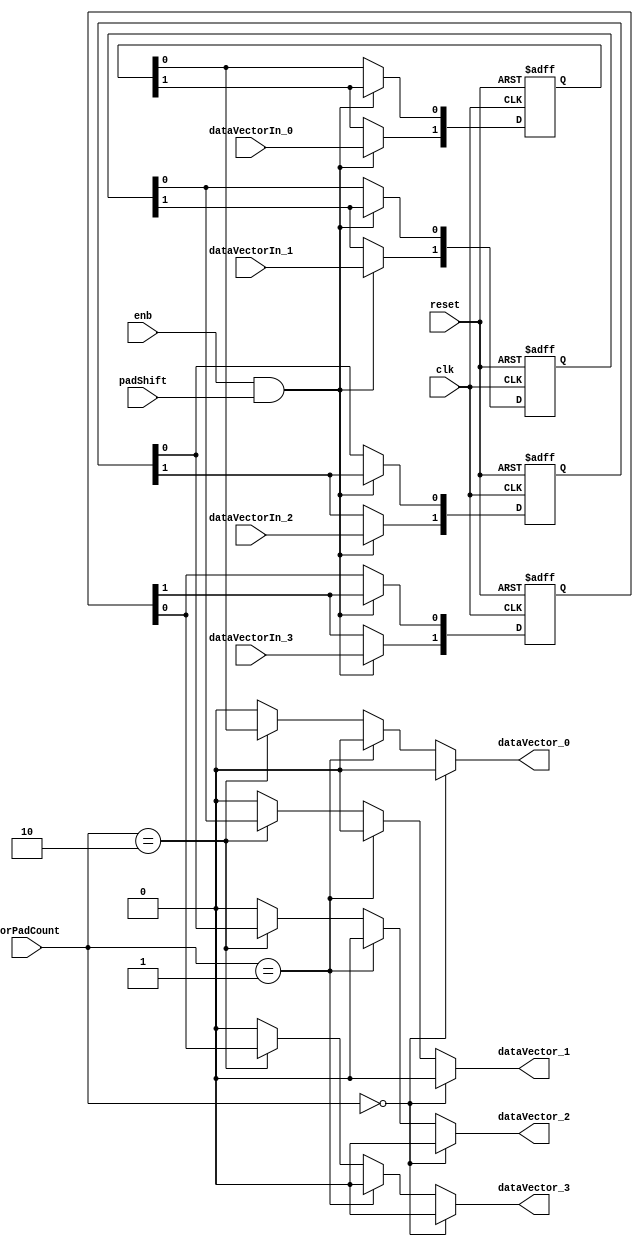
// -------------------------------------------------------------
// 
// 
// Generated by MATLAB 9.13 and HDL Coder 4.0
// 
// -------------------------------------------------------------


// -------------------------------------------------------------
// 
// Module: Horizontal_Padder
// Source Path: BlobAnalysisHDL/BlobDetector/CCA_Algorithm/Closing/LineBuffer/Horizontal Padder
// Hierarchy Level: 4
// 
// -------------------------------------------------------------

`timescale 1 ns / 1 ns

module Horizontal_Padder
          (clk,
           reset,
           enb,
           dataVectorIn_0,
           dataVectorIn_1,
           dataVectorIn_2,
           dataVectorIn_3,
           horPadCount,
           padShift,
           dataVector_0,
           dataVector_1,
           dataVector_2,
           dataVector_3);


  input   clk;
  input   reset;
  input   enb;
  input   dataVectorIn_0;  // boolean
  input   dataVectorIn_1;  // boolean
  input   dataVectorIn_2;  // boolean
  input   dataVectorIn_3;  // boolean
  input   [10:0] horPadCount;  // ufix11
  input   padShift;
  output  dataVector_0;  // boolean
  output  dataVector_1;  // boolean
  output  dataVector_2;  // boolean
  output  dataVector_3;  // boolean


  wire [0:3] DataPadValue;  // boolean [4]
  wire intdelay_out_1;
  reg  [0:1] intdelay_1_reg;  // ufix1 [2]
  wire intdelay_out_2;
  wire intdelay_out_3;
  wire intdelay_out_4;
  reg  [0:1] intdelay_1_reg_1;  // ufix1 [2]
  reg  [0:1] intdelay_1_reg_2;  // ufix1 [2]
  reg  [0:1] intdelay_1_reg_3;  // ufix1 [2]
  wire [0:1] intdelay_1_reg_next;  // ufix1 [2]
  wire [0:1] intdelay_1_reg_next_1;  // ufix1 [2]
  wire [0:1] intdelay_1_reg_next_2;  // ufix1 [2]
  wire [0:1] intdelay_1_reg_next_3;  // ufix1 [2]
  wire [0:3] DataMuxIn;  // boolean [4]
  wire [0:3] dataVector;  // boolean [4]


  assign DataPadValue[0] = 1'b0;
  assign DataPadValue[1] = 1'b0;
  assign DataPadValue[2] = 1'b0;
  assign DataPadValue[3] = 1'b0;



  always @(posedge clk or posedge reset)
    begin : intdelay_1_process
      if (reset == 1'b1) begin
        intdelay_1_reg[0] <= 1'b0;
        intdelay_1_reg[1] <= 1'b0;
        intdelay_1_reg_1[0] <= 1'b0;
        intdelay_1_reg_1[1] <= 1'b0;
        intdelay_1_reg_2[0] <= 1'b0;
        intdelay_1_reg_2[1] <= 1'b0;
        intdelay_1_reg_3[0] <= 1'b0;
        intdelay_1_reg_3[1] <= 1'b0;
      end
      else begin
        if (enb && padShift) begin
          intdelay_1_reg[0] <= intdelay_1_reg_next[0];
          intdelay_1_reg[1] <= intdelay_1_reg_next[1];
          intdelay_1_reg_1[0] <= intdelay_1_reg_next_1[0];
          intdelay_1_reg_1[1] <= intdelay_1_reg_next_1[1];
          intdelay_1_reg_2[0] <= intdelay_1_reg_next_2[0];
          intdelay_1_reg_2[1] <= intdelay_1_reg_next_2[1];
          intdelay_1_reg_3[0] <= intdelay_1_reg_next_3[0];
          intdelay_1_reg_3[1] <= intdelay_1_reg_next_3[1];
        end
      end
    end

  assign intdelay_1_reg_next[0] = dataVectorIn_0;
  assign intdelay_1_reg_next[1] = intdelay_1_reg[0];
  assign intdelay_out_1 = intdelay_1_reg[1];
  assign intdelay_1_reg_next_1[0] = dataVectorIn_1;
  assign intdelay_1_reg_next_1[1] = intdelay_1_reg_1[0];
  assign intdelay_out_2 = intdelay_1_reg_1[1];
  assign intdelay_1_reg_next_2[0] = dataVectorIn_2;
  assign intdelay_1_reg_next_2[1] = intdelay_1_reg_2[0];
  assign intdelay_out_3 = intdelay_1_reg_2[1];
  assign intdelay_1_reg_next_3[0] = dataVectorIn_3;
  assign intdelay_1_reg_next_3[1] = intdelay_1_reg_3[0];
  assign intdelay_out_4 = intdelay_1_reg_3[1];



  assign DataMuxIn[0] = intdelay_out_1;
  assign DataMuxIn[1] = intdelay_out_2;
  assign DataMuxIn[2] = intdelay_out_3;
  assign DataMuxIn[3] = intdelay_out_4;

  assign dataVector[0] = (horPadCount == 11'b00000000000 ? DataPadValue[0] :
              (horPadCount == 11'b00000000001 ? DataPadValue[0] :
              (horPadCount == 11'b00000000010 ? DataMuxIn[0] :
              DataPadValue[0])));
  assign dataVector[1] = (horPadCount == 11'b00000000000 ? DataPadValue[1] :
              (horPadCount == 11'b00000000001 ? DataPadValue[1] :
              (horPadCount == 11'b00000000010 ? DataMuxIn[1] :
              DataPadValue[1])));
  assign dataVector[2] = (horPadCount == 11'b00000000000 ? DataPadValue[2] :
              (horPadCount == 11'b00000000001 ? DataPadValue[2] :
              (horPadCount == 11'b00000000010 ? DataMuxIn[2] :
              DataPadValue[2])));
  assign dataVector[3] = (horPadCount == 11'b00000000000 ? DataPadValue[3] :
              (horPadCount == 11'b00000000001 ? DataPadValue[3] :
              (horPadCount == 11'b00000000010 ? DataMuxIn[3] :
              DataPadValue[3])));



  assign dataVector_0 = dataVector[0];

  assign dataVector_1 = dataVector[1];

  assign dataVector_2 = dataVector[2];

  assign dataVector_3 = dataVector[3];

endmodule  // Horizontal_Padder